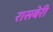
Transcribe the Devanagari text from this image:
रासबेरी